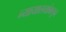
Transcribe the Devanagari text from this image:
न्यायालयांकडून